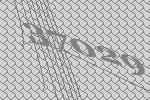
37029